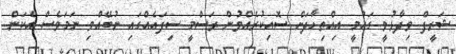
ޝަރީފް ވިދާޅުވީ ގައުމީ އިއްތިހާދަށް ސޮއިކުރެއްވުން ރަސްމީ ސިފައެއްގައި ނުބޭއްވި ނަމަވެސް އެކަން